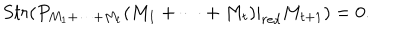
S t r ( P _ { M _ { 1 } + \dots + M _ { t } } ( M _ { 1 } + \dots + M _ { t } ) | _ { { r e d } } M _ { t + 1 } ) = 0 .